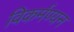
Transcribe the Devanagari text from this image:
विकर्मण्यन